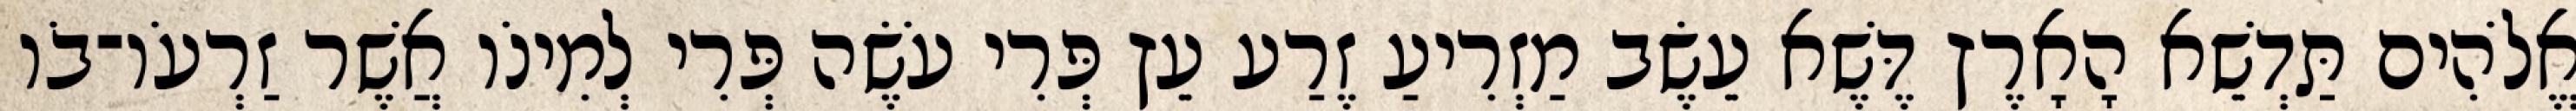
אֱלֹהִים תַּדְשֵׁא הָאָרֶץ דֶּשֶׁא עֵשֶׂב מַזְרִיעַ זֶרַע עֵץ פְּרִי עֹשֶׂה פְּרִי לְמִינֹו אֲשֶׁר זַרְעֹו־בֹו